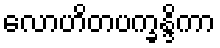
လောဟိတပက္ခန္ဒိကာ